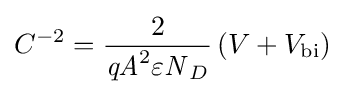
{C}^{-2}={\frac {2}{{\mathit {qA}}^{2}{\mathit {\varepsilon N}}_{D}}}\left(V+{V}_{\text{bi}}\right)